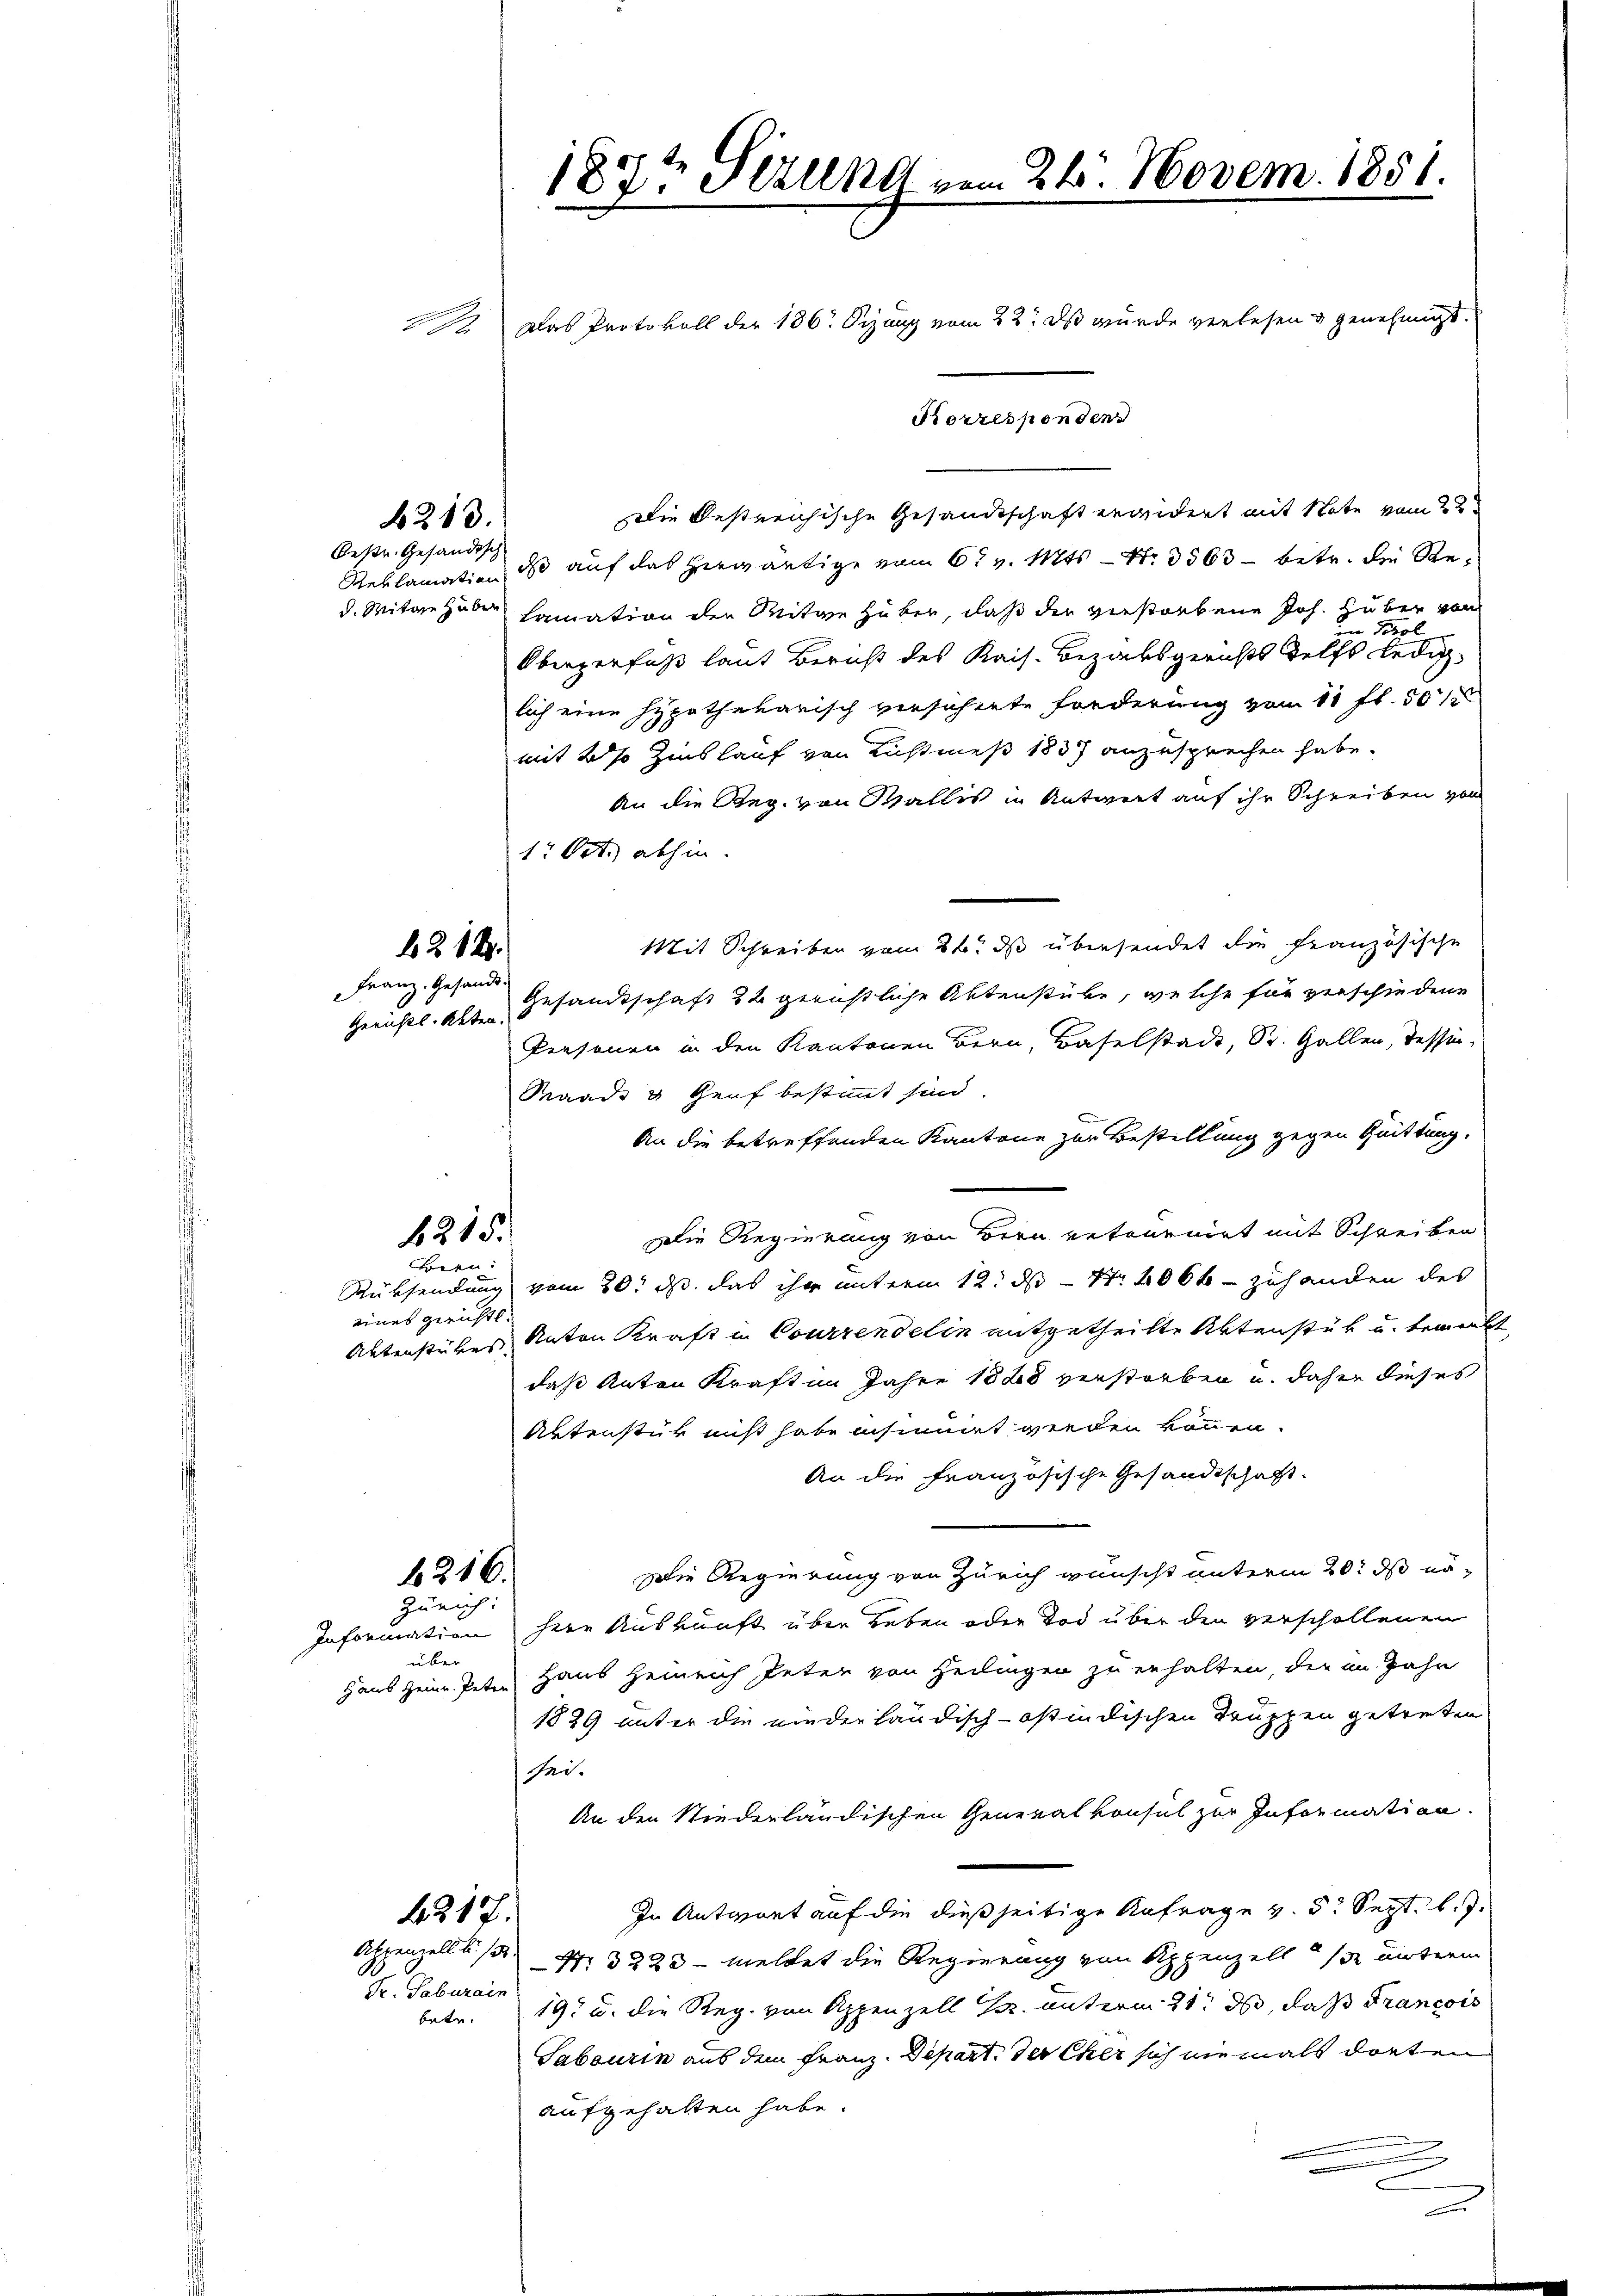
187t Sitzung vom 24. Novem. 1851.
. Das Protokoll der 186. Dezung vom 22. ds wurde verlesen & genehmigt.

213.
beste Gesandtsch

Die bestreichische Gesandtschaft erwidert mit Note vom 22.
Reklamation des auf das herwärtige vom 6t v. Mts. Nr. 3563 betr. die Red. Mitgehaben hamation der Witwe Huber, daß der verstorbene Joh. Huber von
Pros
Obergerfuß laut Bericht des Kais. Bezahsgerichts Telfs lediglich eine Hypothekarisch versehente sonderung vom 11 ff. 50
mit 2 % Zinslauf von Lichtmeß 1837 anzusprechen habe.
An die Reg. von Wallis in Antwort auf ihr Schreiben von
17 Oct. abhin.
Mit Schreiben vom 26. ds übersendet die französische
Gerichts. alten Gesandtschaft 22 gerichtliche Aktenstücke, welche für verschiedene
Personen in den Kantonen Bern, Baselstade, St. Gallen, Tessin,
Raads & Genf bestimmt sind.
An die betreffenden Kantone zur Bestellung gegen Quittung.
Die Regierung von Bern retournirt mit Schreiben
Ehren:
Rücksendung vom 30. ds. das ihr unterm 12. ds – Nr. 406 f - zuhanden des
eines Gericht.
Aktenstubes unten Kraft in Courirendelin mitgetheilte Aktenstük u. bemerk
daß Anton Kraft im Jahre 1888 verstorben u. daher dieses
Aktenstük nicht habe insinuirt werden können.
An die französische Gesandtschaft
Die Regierung von Zürich wünscht unterm 20t ds nö¬
216.
Zürich:
Information here Auskunft über Leben oder Tod über den verschollenen
über
Haus Heinr. Peten Haus Heinreich Peter von Heilingen zu erhalten, der im Zahn
1829 unter die niederländisch-östindischen Truppen getreten
sei.
An den Niederländischen Generalkonsul zur Information.
In Antwort auf die dießseitige Anfrage v. 5. Sept. l. J.
4217.
Appenzell S. 1347. 3223 - meldet die Regierung von Appenzell unterm
H. Geberein
197 u. die Reg. von Appenzell Fr. unterm 21. ds, daß Francois
betr.
Sabourin aus dem Franz. Depart, der Eher sich niemals dorten
aufgehalten habe.

b. 2. 12.
Franz. Gesandt.

4215.

Korresponden

u